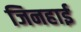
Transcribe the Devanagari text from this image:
जिनहाई